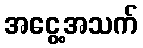
အငွေ့အသက်